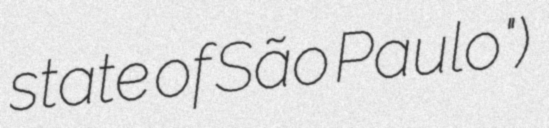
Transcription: state of São Paulo")